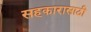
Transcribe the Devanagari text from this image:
सहकारासाठी